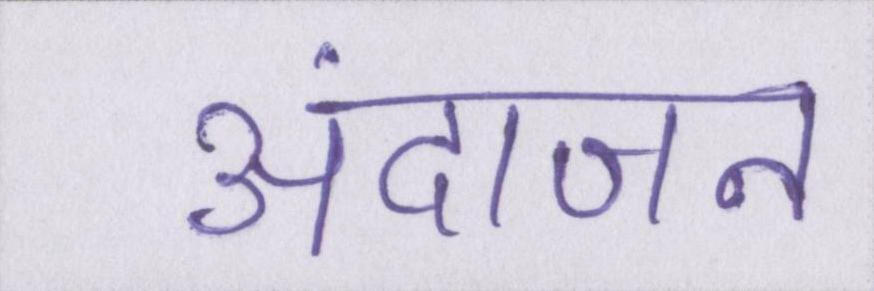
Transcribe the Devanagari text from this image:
अंदाजन